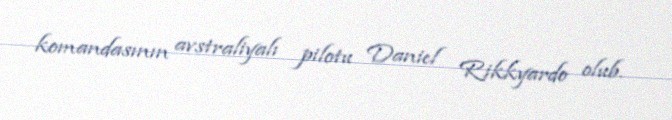
komandasının avstraliyalı pilotu Daniel Rikkyardo olub.